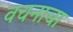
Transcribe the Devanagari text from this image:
वचनाचा